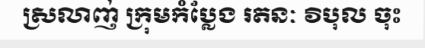
ស្រលាញ់ ក្រុមកំប្លែង រតនៈ វិបុល ចុះ